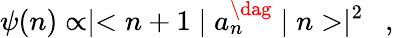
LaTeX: \psi(n)\propto\mid<n+1\mid a_{n}^{\dag}\mid n>\mid^{2}\ \ ,